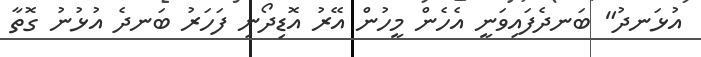
އުޅަނދު" ބަނދެފައިވަނީ އެހެން މީހުން އޭރު އޮޑިދޯނި ފަހަރު ބަނދެ އުޅުނު ގޮތާ